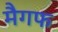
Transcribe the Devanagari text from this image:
मैगफ